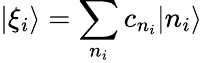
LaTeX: |\xi_{i}\rangle=\sum_{n_{i}}c_{n_{i}}|n_{i}\rangle